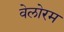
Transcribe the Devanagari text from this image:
वेलोरम